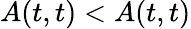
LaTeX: A(t,t)<A(t,t)